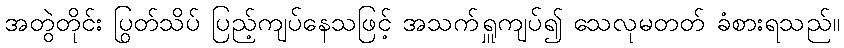
အတွဲတိုင်း ပြွတ်သိပ် ပြည့်ကျပ်နေသဖြင့် အသက်ရှူကျပ်၍ သေလုမတတ် ခံစားရသည်။